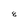
Character: 8